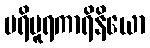
ပရိပူရကာရိနိယော